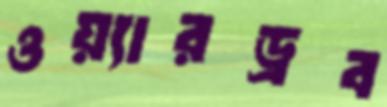
ওয়্যারড্রব